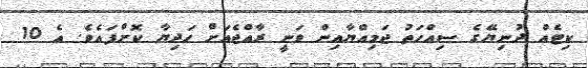
ކިޓެއް ދުނިޔޭގެ ސިއްހަތު ޖަމިއްޔާއިން ވަނީ ރާއްޖެއަށް ހަދިޔާ ކޮށްފައެވެ. އެ 10